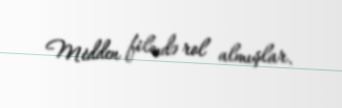
Mėdden filmdə rol almışlar.